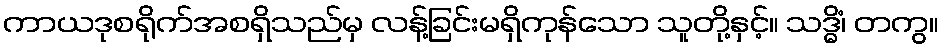
ကာယဒုစရိုက်အစရှိသည်မှ လန့်ခြင်းမရှိကုန်သော သူတို့နှင့်။ သဒ္ဓိံ၊ တကွ။